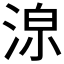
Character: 𱦸